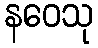
နဝေသု